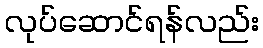
လုပ်ဆောင်ရန်လည်း